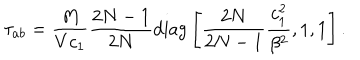
LaTeX: \tau _ { a b } = \frac { M } { V c _ { 1 } } \frac { 2 N - 1 } { 2 N } \mathrm { d i a g } \left[ \frac { 2 N } { 2 N - 1 } \frac { c _ { 1 } ^ { 2 } } { \beta ^ { 2 } } , 1 , 1 \right] .